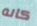
كانه